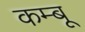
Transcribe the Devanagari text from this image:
कम्बू